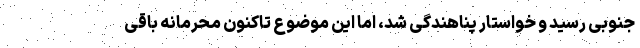
جنوبی رسید و خواستار پناهندگی شد، اما این موضوع تا‌کنون محرمانه باقی